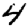
Digit: 4